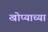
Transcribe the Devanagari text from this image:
खोप्याच्या